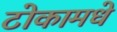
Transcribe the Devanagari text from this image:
टोकामधे